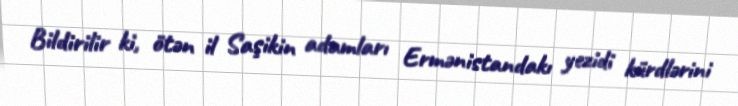
Bildirilir ki, ötən il Saşikin adamları Ermənistandakı yezidi kürdlərini